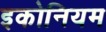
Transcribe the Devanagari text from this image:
इकोनियम